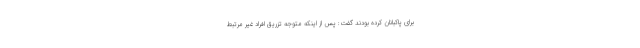
برای پاکبانان کرده بودند گفت: پس از اینکه متوجه تزریق افراد غیر مرتبط